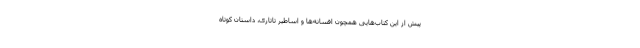
پیش از این کتاب‌هایی همچون افسانه‌ها و اساطیر تاتاری، داستان کوتاه